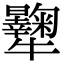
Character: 𤜔